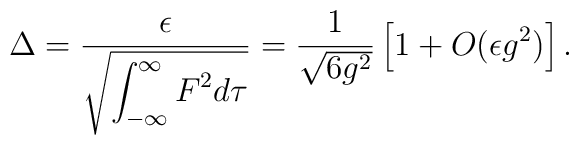
\Delta = \frac{\epsilon}{\sqrt{\displaystyle\int_{-\infty}^\infty F^2 d\tau}} =\frac{1}{\sqrt{6g^2}}\left[ 1+ O( \epsilon g^2 )\right].